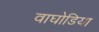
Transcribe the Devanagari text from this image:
वाघोडिया